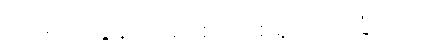
ဒုစရိုက်လွန်ကျူးပြစ်၊ သုစရိုက်လုံခြုံကျိုး